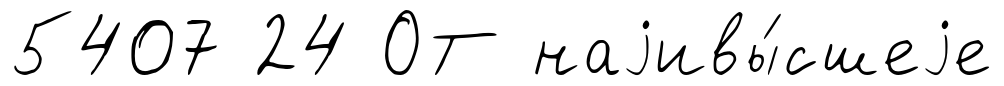
5407 24 ОТ наjивы́сшеjе